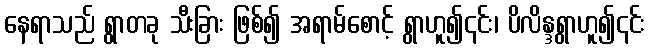
နေရာသည် ရွာတခု သီးခြား ဖြစ်၍ အရာမ်စောင့် ရွာဟူ၍၎င်း၊ ပိလိန္ဒရွာဟူ၍၎င်း